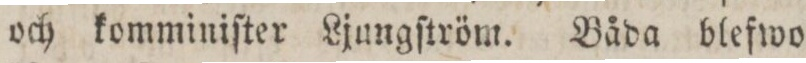
och komminiſter Ljungſtröm. Båda blefwo